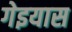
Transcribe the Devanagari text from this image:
गेइयास